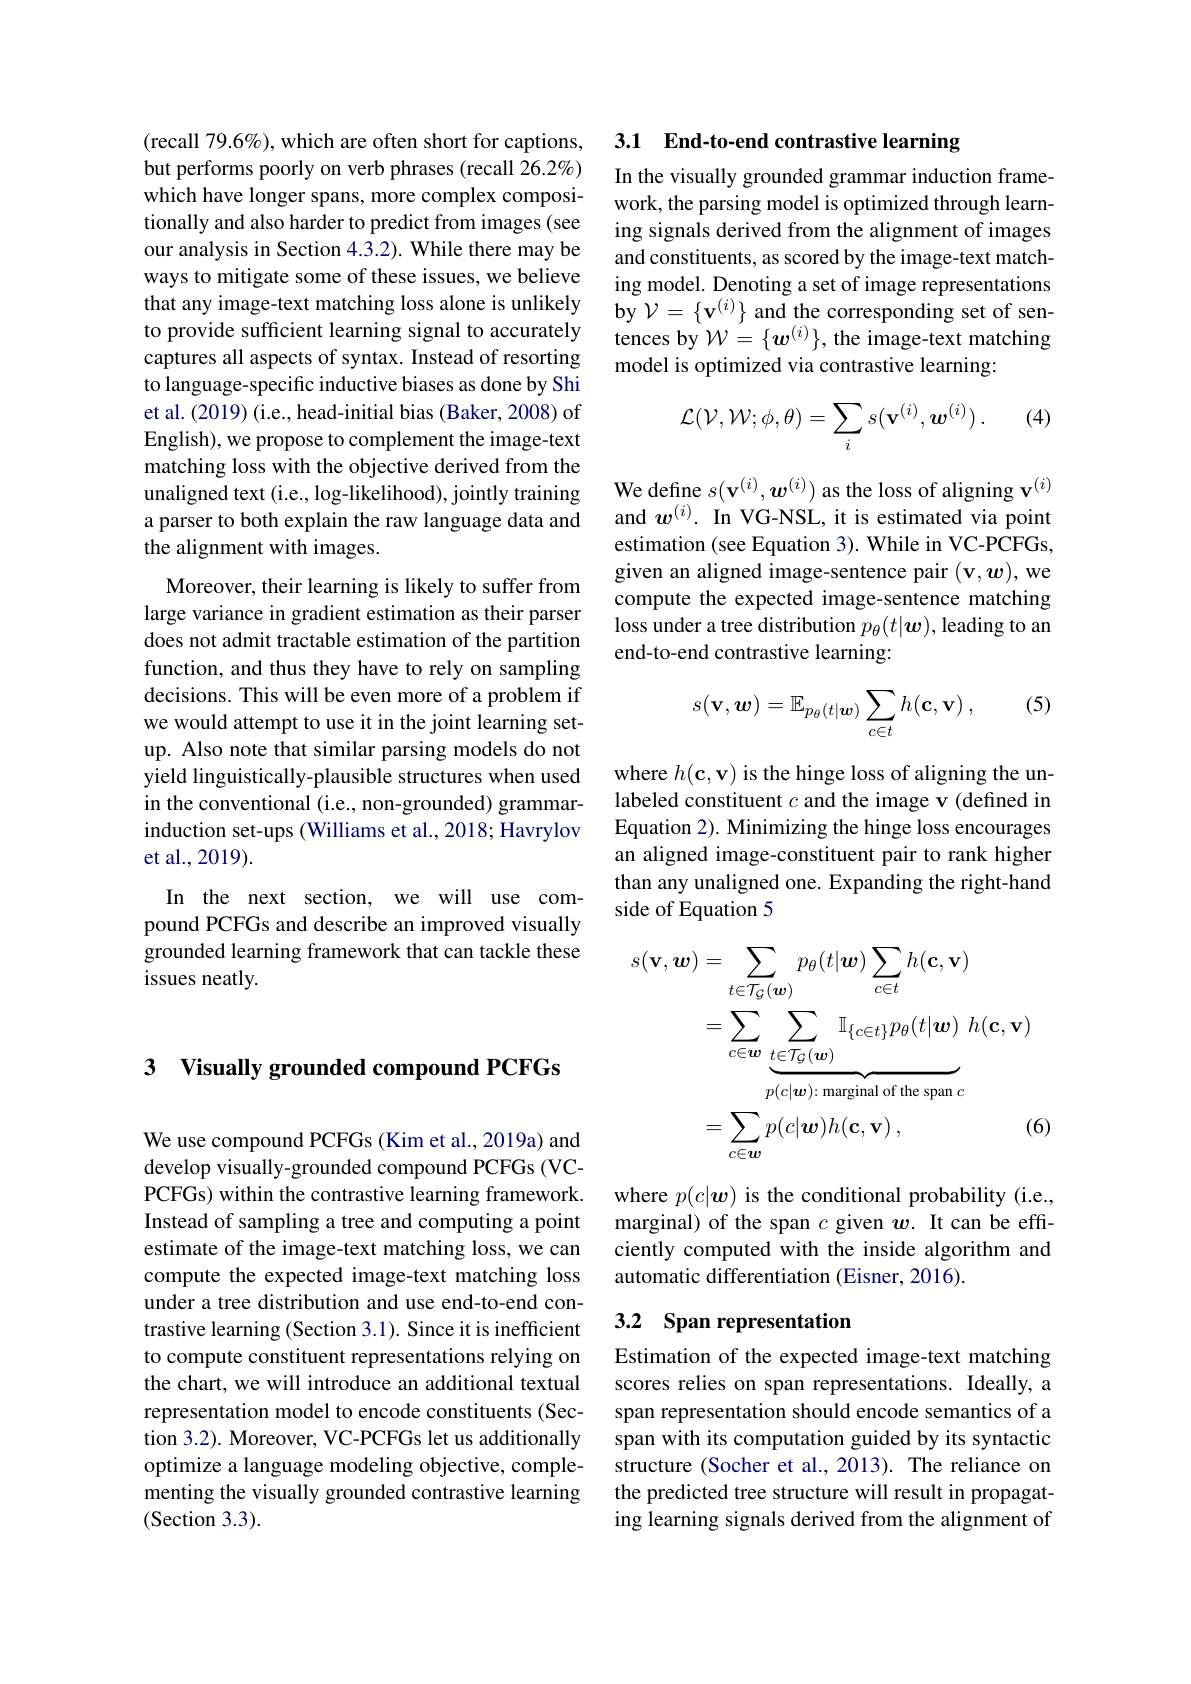
## 3 Visually grounded compound PCFGs

We use compound PCFGs (Kim et al., 2019a) and develop visually-grounded compound PCFGs (VCPCFGs) within the contrastive learning framework. Instead of sampling a tree and computing a point estimate of the image-text matching loss, we can compute the expected image-text matching loss under a tree distribution and use end-to-end contrastive learning (Section 3.1). Since it is inefficient to compute constituent representations relying on the chart, we will introduce an additional textual representation model to encode constituents (Section 3.2). Moreover, VC-PCFGs let us additionally optimize a language modeling objective, complementing the visually grounded contrastive learning (Section 3.3).

(recall 79.6%), which are often short for captions, but performs poorly on verb phrases (recall 26.2%) which have longer spans, more complex compositionally and also harder to predict from images (see our analysis in Section 4.3.2). While there may be ways to mitigate some of these issues, we believe that any image-text matching loss alone is unlikely to provide sufficient learning signal to accurately captures all aspects of syntax. Instead of resorting to language-specific inductive biases as done by Shi et al. (2019) (i.e., head-initial bias (Baker, 2008) of English), we propose to complement the image-text matching loss with the objective derived from the unaligned text (i.e., log-likelihood), jointly training a parser to both explain the raw language data and the alignment with images.
Moreover, their learning is likely to suffer from large variance in gradient estimation as their parser does not admit tractable estimation of the partition function, and thus they have to rely on sampling decisions. This will be even more of a problem if we would attempt to use it in the joint learning setup. Also note that similar parsing models do not yield linguistically-plausible structures when used in the conventional (i.e., non-grounded) grammarinduction set-ups (Williams et al., 2018; Havrylov et al., 2019).
In the next section, we will use compound PCFGs and describe an improved visually grounded learning framework that can tackle these issues neatly.

3.1 End-to-end contrastive learning

In the visually grounded grammar induction framework, the parsing model is optimized through learning signals derived from the alignment of images and constituents, as scored by the image-text matching model. Denoting a set of image representations by $\mathcal{V}=\{\mathbf{v}^{(i)}\}$ and the corresponding set of sentences by $\mathcal{W}=\{\boldsymbol w^{(i)}\}$, the image-text matching model is optimized via contrastive learning:

(4)
$$\mathcal{L}(\mathcal{V},\mathcal{W};\phi,\theta)=\sum_{i}s(\mathbf{v}^{(i)},\boldsymbol{w}^{(i)})\:.$$
We define $s(\mathbf{v}^{(i)},\boldsymbol{w}^{(i)})$ as the loss of aligning v$^(i)$ and $w^{(i)}.$ In VG-NSL, it is estimated via point estimation (see Equation 3). While in VC-PCFGs, given an aligned image-sentence pair $(\mathbf{v},\boldsymbol{w})$,we compute the expected image-sentence matching loss under a tree distribution $p_\theta(t|\boldsymbol{w})$, leading to an end-to-end contrastive learning:

(5)
$$s(\mathbf{v},\boldsymbol{w})=\mathbb{E}_{p_\theta(t|\boldsymbol{w})}\sum_{c\in t}h(\mathbf{c},\mathbf{v})\:,$$
where $h(\mathbf{c},\mathbf{v})$ is the hinge loss of aligning the unlabeled constituent $c$ and the image v (defined in Equation 2). Minimizing the hinge loss encourages an aligned image-constituent pair to rank higher than any unaligned one. Expanding the right-hand side of Equation 5
$$\begin{aligned}s(\mathbf{v},\boldsymbol{w})&=\sum_{t\in\mathcal{T}_{\mathcal{G}}(\boldsymbol{w})}p_{\theta}(t|\boldsymbol{w})\sum_{c\in t}h(\mathbf{c},\mathbf{v})\\&=\sum_{c\in\boldsymbol{w}}\sum_{t\in\mathcal{T}_{\mathcal{G}}(\boldsymbol{w})}\mathbb{I}_{\{c\in t\}}p_{\theta}(t|\boldsymbol{w})\:h(\mathbf{c},\mathbf{v})\\&=\sum_{c\in\boldsymbol{w}}p(c|\boldsymbol{w})h(\mathbf{c},\mathbf{v})\:,&\text{(6)}\end{aligned}$$
where $p(c|\boldsymbol{w})$ is the conditional probability (i.e., marginal) of the span $c$ given $w.$ It can be effciently computed with the inside algorithm and automatic differentiation (Eisner, 2016).

# 3.2 Span representation

Estimation of the expected image-text matching scores relies on span representations. Ideally, a span representation should encode semantics of a span with its computation guided by its syntactic structure (Socher et al., 2013). The reliance on the predicted tree structure will result in propagating learning signals derived from the alignment of